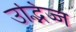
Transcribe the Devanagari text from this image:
उद्भिज्ज